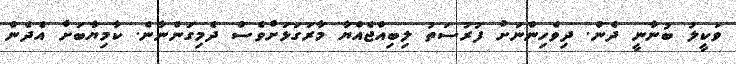
ވަކީލު ބުނާނީ ދެން. ދިވެހިންނަށް ފުރުސަތު ލިބިއްޖެއްޔާ މާރަގަޅަށްވެސް ދެމިގަންނާނެ. ކާމިޔާބަށް އެދެން